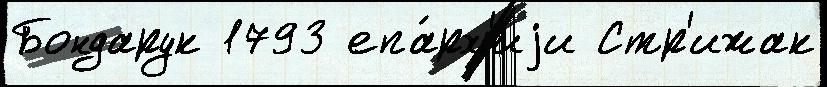
Бондарук 1793 епа́рх'иjи Стр'ижак